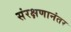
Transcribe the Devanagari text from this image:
संरक्षणानंतर